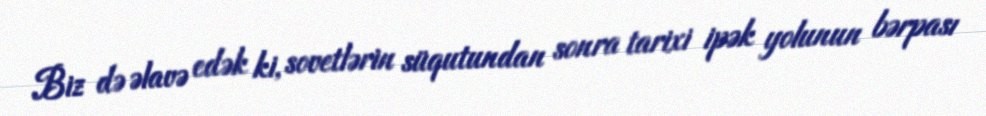
Biz də əlavə edək ki, sovetlərin süqutundan sonra tarixi ipək yolunun bərpası